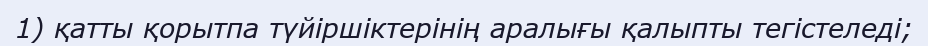
1) қатты қорытпа түйіршіктерінің аралығы қалыпты тегістеледі;